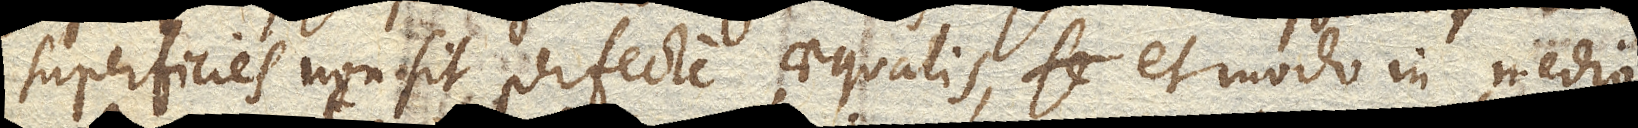
superficies non sit perfecte aequalis, se et modo in medio